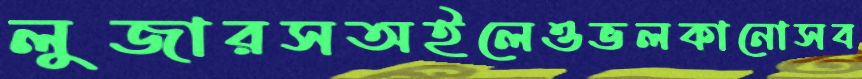
লুজারসঅইলেওভলকানোসব